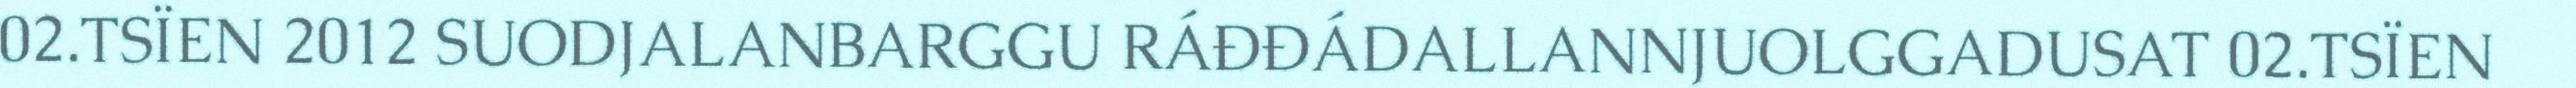
02.TSÏEN 2012 SUODJALANBARGGU RÁĐĐÁDALLANNJUOLGGADUSAT 02.TSÏEN